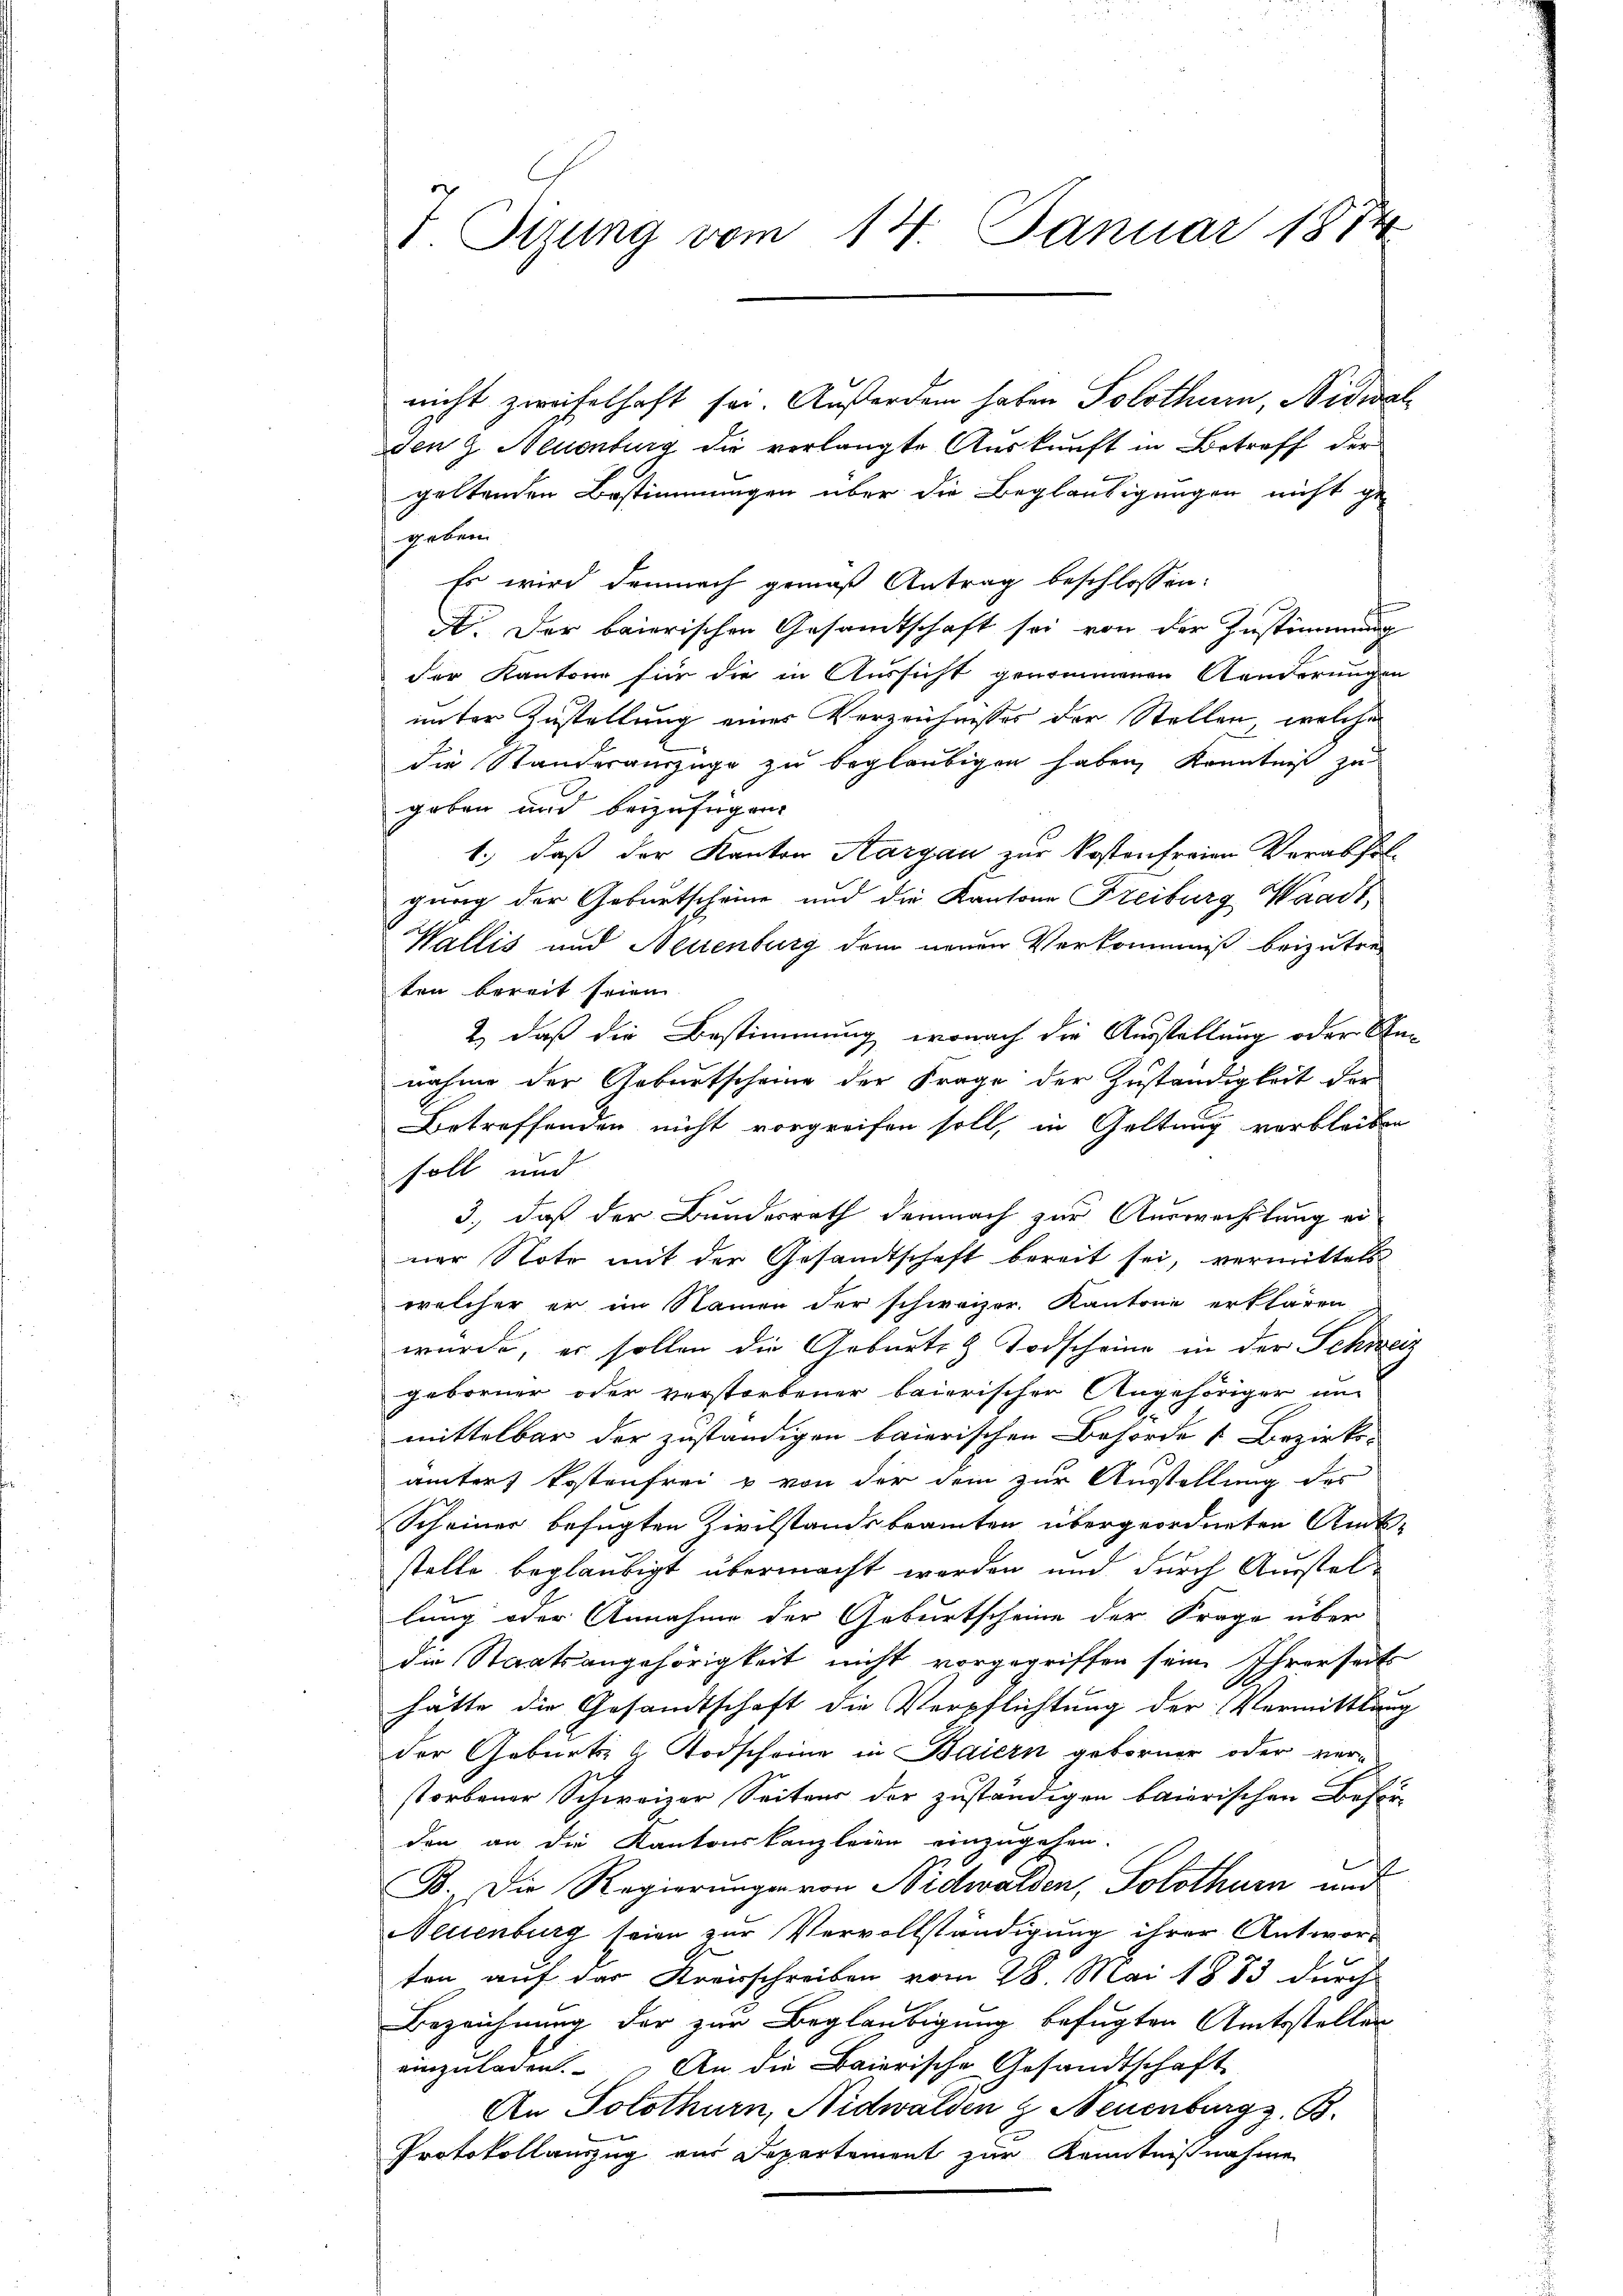
T. Sizung vom 14. Januar 1874

nicht zweifelhaft sei. Außerdem haben Solothur, Nidwal
den 9. Neuenburg die verlangte Auskunft in Betreff der
b
geltenden Bestimmungen über die Beglaubigungen nicht ge-
geben
Es wird demnach gemäß Antrag beschlossen:
A. Der baierischen Gesandtschaft sei von der Zustimmung
der Kantone für die in Aussicht genommenen Aenderungen
unter Zustellung einer Verzeichnisses der Stellen, welche
die Standerauszüge zu beglaubigen haben, Kenntniß zu
geben und beizufügen
1., daß der Kanton Aargau zur Kostenfreien Verabfolgung der Geburtscheine und die Kantone Freiburg Waadt,
Wallis und Neuenburg dem neuen Verkommniß beizutret
ten bereit seien
2, daß die Bestimmung, wonach die Ausstellung oder Annahme der Geburtscheine der Frage der Zuständigkeit der
Betreffenden nicht vorgreifen soll, in Geltung verbleiben
soll und
3., daß der Bundesrath demnach zur Auswechslung ei
ner Note mit der Gesandtschaft bereit sei, vermittels
welcher er im Namen der schweizer. Kantone erklären
wurde, er sollen die Geburts & Todscheine in der Schweiz
geborner oder verstorbener baierischer Angehöriger um
mittelbar der zuständigen baierischen Behörde & Bezirks-
amter Kostenfrei & von der dem zur Ausstellung des
Scheiner befugten Zivilstandsbeamten übergeordneten Amt-
stelle beglaubigt übermacht werden und durch Ausstelllung oder Annahme der Geburtscheine der Frage über
die Staatsangehörigkeit nicht vorgegriffen sein. Ihrerseits
hätte die Gesandtschaft die Verpflichtung der Vermittlung
der Geburts- u Todscheine in Baiern geborner oder ver-
storbener Schweizer Seitens der zuständigen baierischen Beförden an die Kantonskanzleien einzugehen.
B. Die Regierungen von Nidwalden, Solothurn und
Neuenburg seien zur Vervollständigung ihrer Antworten auf der Kreisschreiben vom 28. Mai 1883 durch
Bezeichnung der zur Beglaubigung befugten Amtsstellen
einzuladen. An die Baierische Gesandtschaft
An Solothurn, Nidwalden & Neuenburg z. B.
Protokollauszug vor Departement zur Kenntnißnahme